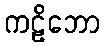
ကဠိဘော